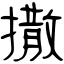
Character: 撒